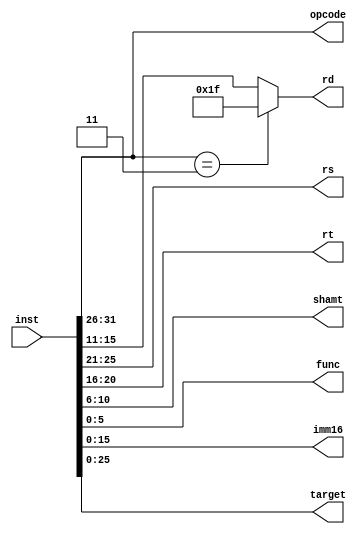
`timescale 1ns / 1ps

// Module for splitting up the instruction 
// into different sections

module inst_split(
    input [31:0] inst,
    output [5:0] opcode,
    output [4:0] rs,
    output [4:0] rt,
    output [4:0] rd,
    output [4:0] shamt,
    output [5:0] func,
    output [15:0] imm16,
    output [25:0] target
    );
    
    assign opcode = inst[31:26];
    assign rs = inst[25:21];
    assign rt = inst[20:16];
    // IF INSTRUCTION IS JAL, ASSIGN RD = 31
    assign rd = (inst[31:26]==6'b000011) ? 5'b11111 : inst[15:11];
    assign shamt = inst[10:6];
    assign func = inst[5:0];
    assign imm16 = inst[15:0];
    assign target = inst[25:0];

endmodule